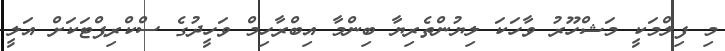
މި ފިލްމަކީ މަޝްހޫރު ވާހަކަ ލިޔުންތެރިޔާ ބިންމާ އިބްރާހިމް ވަހީދުގެ ސްކްރިޕްޓަކަށް އަލީ